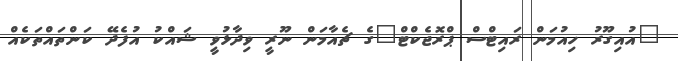
"އުއިގޫރު ހިއުމަން ރައިޓްސް ޕްރޮޖެކްޓް"ގެ ޗެއާމަން ނޫރީ ވިދާޅުވީ ޝައްކު އުފެދޭ ކަންތައްތަކެއް